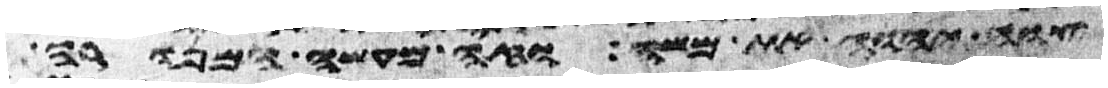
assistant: צוה יהוה את משה וזה מעשה המנורה